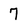
Character: 7